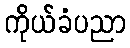
ကိုယ်ခံပညာ